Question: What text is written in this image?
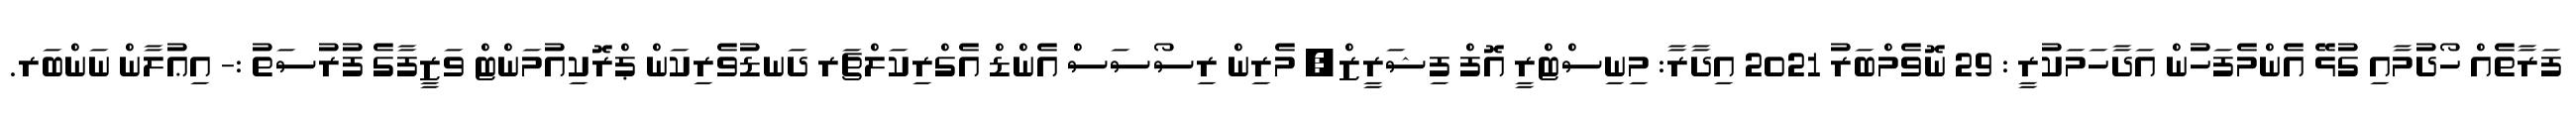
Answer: ފަރާތެއް ހޯދުމާއި ގުޅޭ އެންމެފަހުން އަދާހަމަކުރީ : 29 ނޮވެމްބަރު 2021 އިދާރާ: މިނިސްޓްރީ އޮފް ފިޝަރީޒް, މެރިން ރިސޯސަސް އެންޑް އެގްރިކަލްޗަރ ދަނޑުވެރިކަން ޕްރޮކިއުމަންޓް ވަޒީފާގެ ފުރުސަތު :- އިޢުލާން ނަންބަރ.